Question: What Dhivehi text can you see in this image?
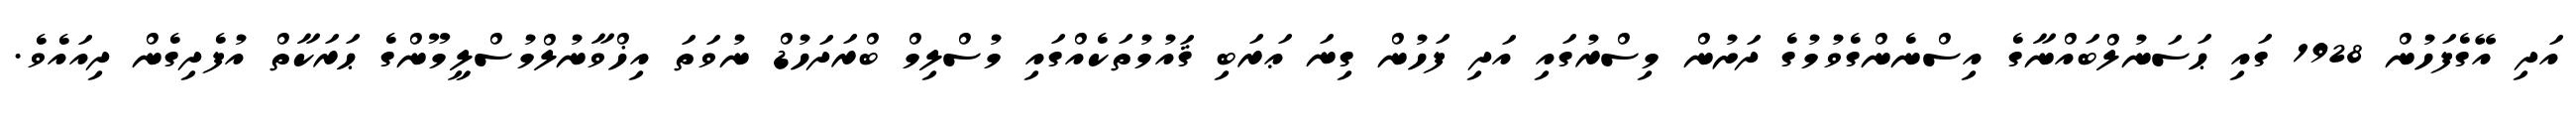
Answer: އަދި އޭގެފަހުން 1928 ގައި ޙަސަނުލްބައްނާގެ އިސްނެންގެވުމުގެ ދަށުން މިސްރުގައި އަދި ފަހުން ގިނަ ޢަރަބި ޤައުމުތަކެއްގައި މުސްލިމް ބްރަދަހުޑް ނުވަތަ އިޚްވާނުލްމުސްލީމޫންގެ ޙަރަކާތް އުފެދިގެން ދިއައެވެ.